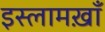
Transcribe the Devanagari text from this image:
इस्लामख़ाँ